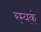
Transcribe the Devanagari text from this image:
रम्यकं